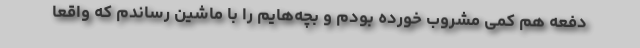
دفعه هم کمی مشروب خورده بودم و بچه‌هایم را با ماشین رساندم که واقعاً